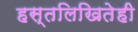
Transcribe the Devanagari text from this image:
हस्तलिखितेही